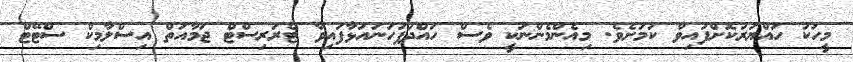
މީހަކު ހައްޔަރުކޮށްފައިވާ ކަމަށެވެ. މިއެންމެންނަކީ ވެސް ހައްދުފަހަނައަޅާފައިވާ ޓެރަރިސްޓް ޖަމާއަތް އިސްލާމިކް ސްޓޭޓް